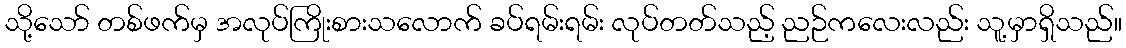
သို့သော် တစ်ဖက်မှ အလုပ်ကြိုးစားသလောက် ခပ်ရမ်းရမ်း လုပ်တတ်သည့် ညဉ်ကလေးလည်း သူ့မှာရှိသည်။